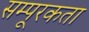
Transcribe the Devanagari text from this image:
सम्पूरकता